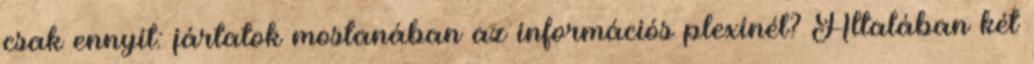
csak ennyit: jártatok mostanában az információs plexinél? Általában két